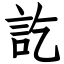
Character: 訖